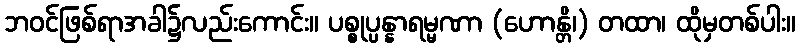
ဘဝင်ဖြစ်ရာအခါ၌လည်းကောင်း။ ပစ္စုပ္ပန္နာရမ္မဏာ (ဟောန္တိ၊) တထာ၊ ထိုမှတစ်ပါး။